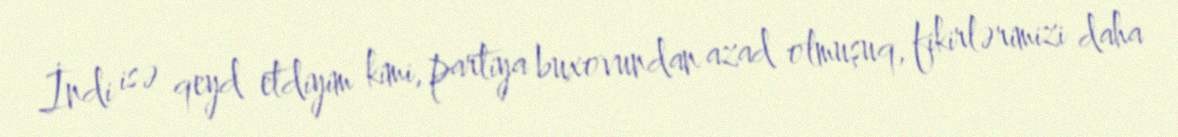
İndi isə qeyd etdiyim kimi, partiya buxovundan azad olmuşuq, fikirlərimizi daha